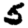
Digit: 5